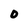
Character: O